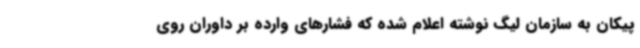
پیکان به سازمان لیگ نوشته اعلام شده که فشارهای وارده بر داوران روی